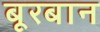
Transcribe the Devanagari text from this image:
बूरबान